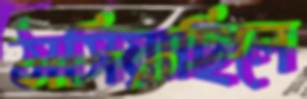
ঠাসিয়াছিলে